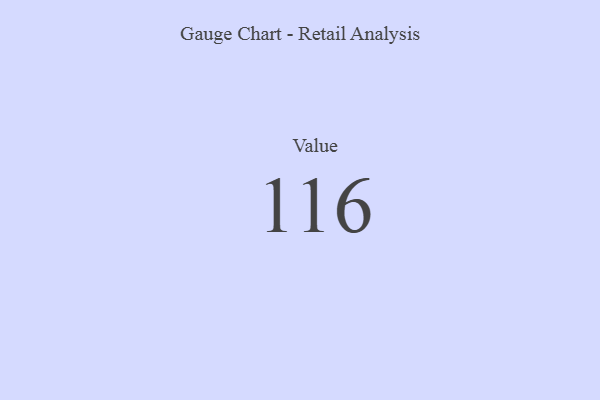
{"axis": {"x": "Metric", "y": "Value"}, "legend": [""], "data": [{"x": "Value", "y": 116, "type": ""}]}